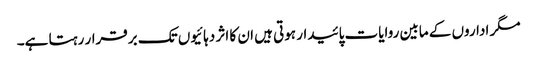
مگر اداروں کے مابین روایات پائیدار ہوتی ہیں ان کا اثر دہائیوں تک برقرار رہتا ہے۔